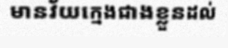
មានវ័យក្មេងជាងខ្លួនដល់